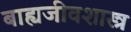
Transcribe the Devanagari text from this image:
बाह्यजीवशास्त्र